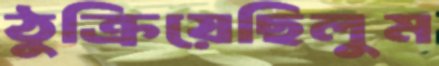
ঠুক্‌রিয়েছিলুম